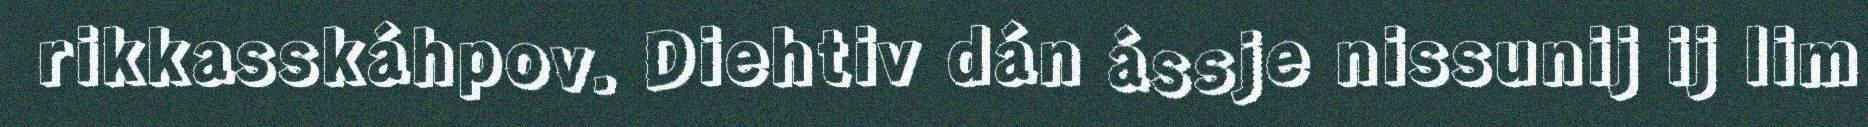
rikkasskáhpov. Diehtiv dán ássje nissunij ij lim